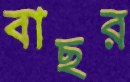
বাছর